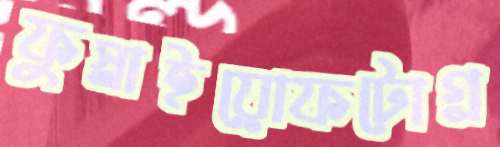
ফুস্‌লাইয়োফটোগ্র